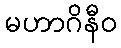
မဟာဂိနီဝ